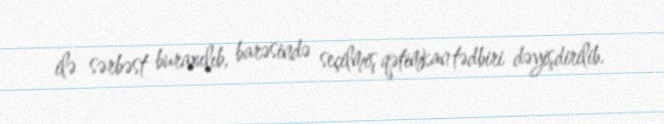
ilə sərbəst buraxılıb, barəsində seçilmiş qətimkan tədbiri dəyişdirilib.